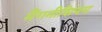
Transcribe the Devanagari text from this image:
मैंगनीशियम